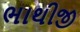
ભાથીજી